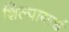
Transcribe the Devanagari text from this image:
शिल्पायार्च